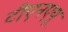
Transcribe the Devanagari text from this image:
टीएनएयू